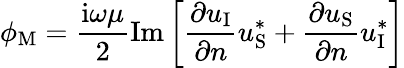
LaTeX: \phi_{\textup{M}}=\frac{\mathrm{i}\omega\mu}{2}\mathrm{Im}\left[\frac{\partial u_{\textup{I}}}{\partial n}u_{\textup{S}}^{*}+\frac{\partial u_{\textup{S}}}{\partial n}u_{\textup{I}}^{*}\right]